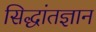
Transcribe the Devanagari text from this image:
सिद्धांतज्ञान